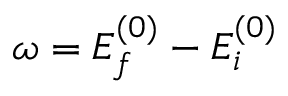
\omega = E _ { f } ^ { ( 0 ) } - E _ { i } ^ { ( 0 ) }